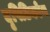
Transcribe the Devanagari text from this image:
दृषिटिकोण